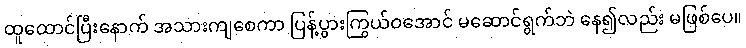
ထူထောင်ပြီးနောက် အသားကျစေကာ ပြန့်ပွားကြွယ်ဝအောင် မဆောင်ရွက်ဘဲ နေ၍လည်း မဖြစ်ပေ။